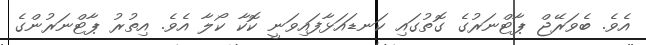
އެވެ. ބެވަރޭޖް ޕާޓްނަރުގެ ގޮތުގައި ކަނޑައަޅާފައިވަނީ ކޮކާ ކޯލާ އެވެ. އިތުރު ޕާޓްނަރުންގެ